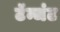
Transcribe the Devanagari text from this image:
टॅन्जंट